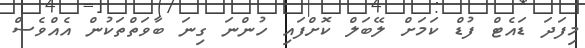
މިފަދަ ޑައެޓް ފުޑް ކަމަށް ލޭބަލް ކޮށްފައި ހުންނަ ގިނަ ބާވަތްތަކުން އެއްވެސް